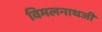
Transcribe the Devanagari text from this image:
विमलनाथजी